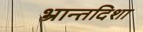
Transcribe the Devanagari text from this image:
भ्रान्तदिशा